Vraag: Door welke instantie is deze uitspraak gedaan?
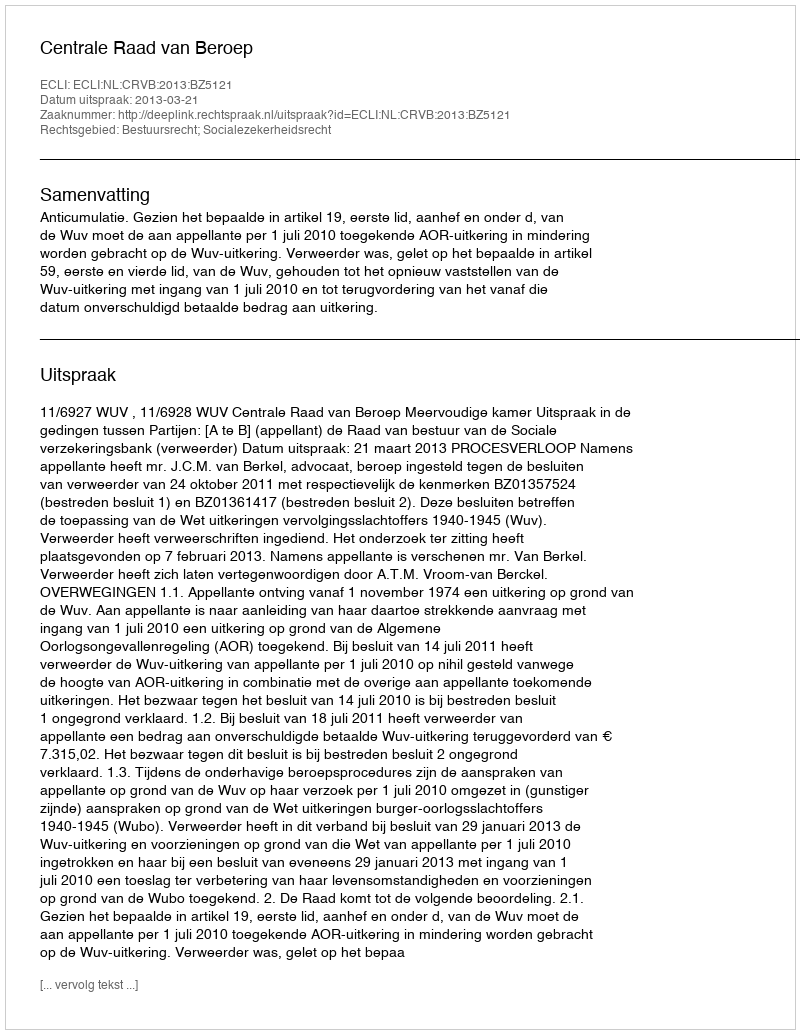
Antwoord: Centrale Raad van Beroep